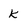
Character: K